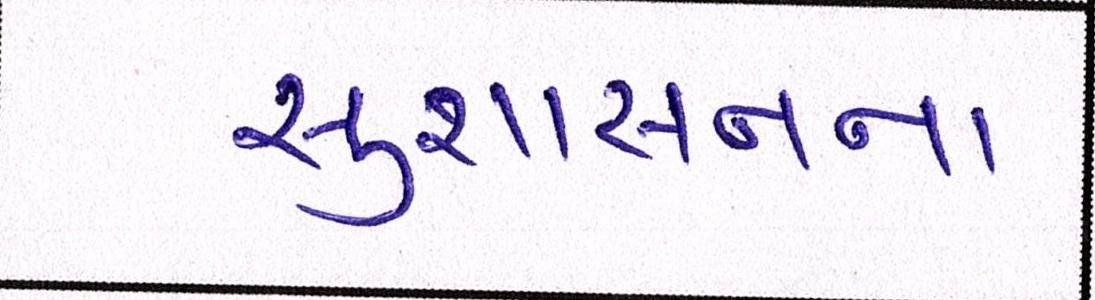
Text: સુશાસનના